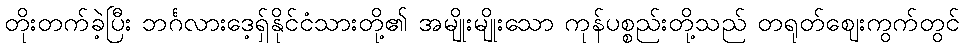
တိုးတက်ခဲ့ပြီး ဘင်္ဂလားဒေ့ရှ်နိုင်ငံသားတို့၏ အမျိုးမျိုးသော ကုန်ပစ္စည်းတို့သည် တရုတ်ဈေးကွက်တွင်